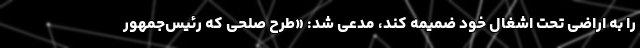
را به اراضی تحت اشغال خود ضمیمه کند، مدعی شد: «طرح صلحی که رئیس‌جمهور